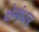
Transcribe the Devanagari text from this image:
क्षेमंधर